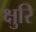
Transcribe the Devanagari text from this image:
क्षुरि